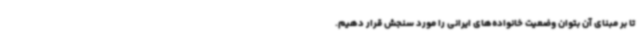
تا بر مبنای آن بتوان وضعیت خانواده‌های ایرانی را مورد سنجش قرار دهیم.